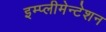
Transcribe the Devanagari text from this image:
इम्प्लीमेन्टेशन